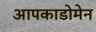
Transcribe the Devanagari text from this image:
आपकाडोमेन